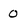
Character: O